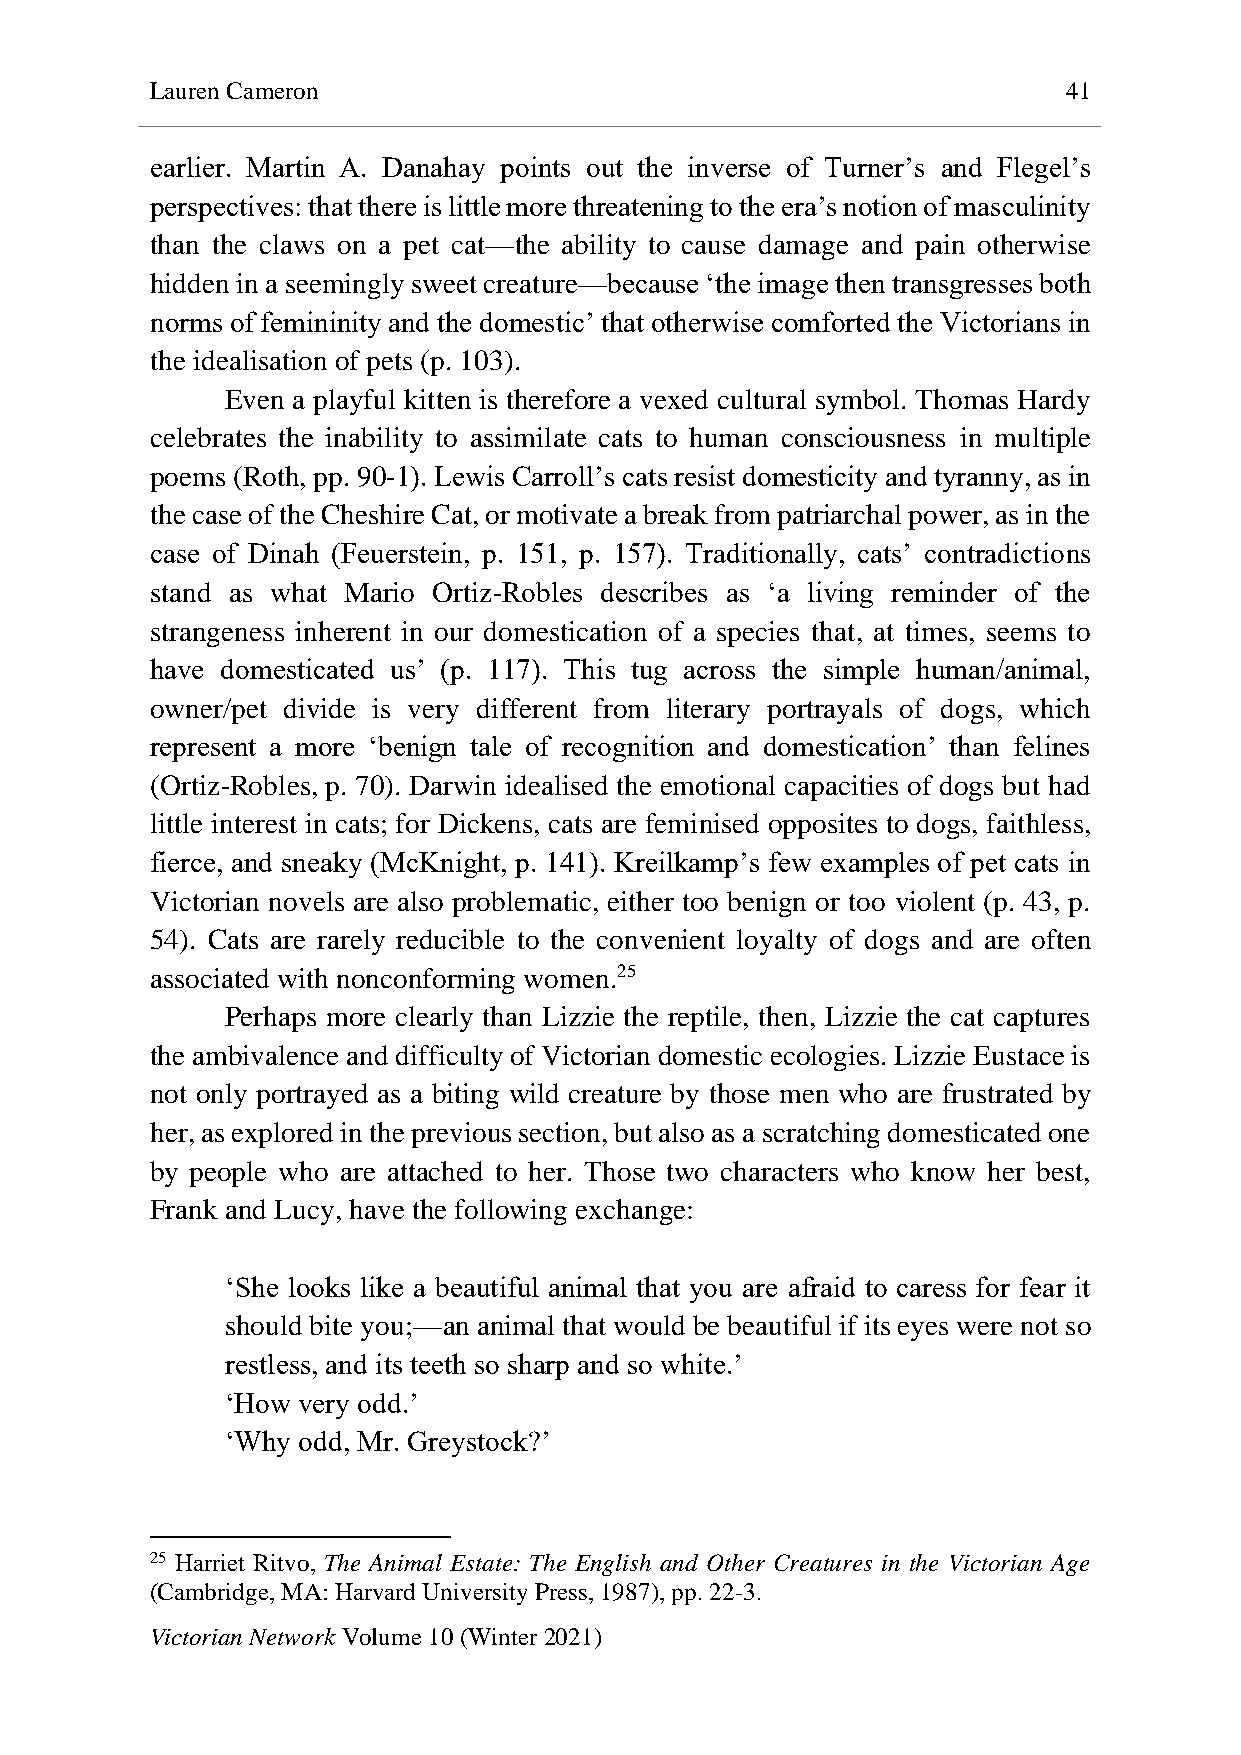
Lauren Cameron                                               41
 earlier. Martin A. Danahay points out the inverse of Turner’s and Flegel’s
 perspectives: that there is little more threatening to the era’s notion of masculinity
 than the claws on a pet cat—the ability to cause damage and pain otherwise
 hidden in a seemingly sweet creature—because ‘the image then transgresses both
 norms of femininity and the domestic’ that otherwise comforted the Victorians in
 the idealisation of pets (p. 103).
 Even a playful kitten is therefore a vexed cultural symbol. Thomas Hardy
 celebrates the inability to assimilate cats to human consciousness in multiple
 poems (Roth, pp. 90-1). Lewis Carroll’s cats resist domesticity and tyranny, as in
 the case of the Cheshire Cat, or motivate a break from patriarchal power, as in the
 case of Dinah (Feuerstein, p. 151, p. 157). Traditionally, cats’ contradictions
 stand as what Mario Ortiz-Robles describes as ‘a living reminder of the
 strangeness inherent in our domestication of a species that, at times, seems to
 have domesticated us’ (p. 117). This tug across the simple human/animal,
 owner/pet divide is very different from literary portrayals of dogs, which
 represent a more ‘benign tale of recognition and domestication’ than felines
 (Ortiz-Robles, p. 70). Darwin idealised the emotional capacities of dogs but had
 little interest in cats; for Dickens, cats are feminised opposites to dogs, faithless,
 fierce, and sneaky (McKnight, p. 141). Kreilkamp’s few examples of pet cats in
 Victorian novels are also problematic, either too benign or too violent (p. 43, p.
 54). Cats are rarely reducible to the convenient loyalty of dogs and are often
 associated with nonconforming women.25
 Perhaps more clearly than Lizzie the reptile, then, Lizzie the cat captures
 the ambivalence and difficulty of Victorian domestic ecologies. Lizzie Eustace is
 not only portrayed as a biting wild creature by those men who are frustrated by
 her, as explored in the previous section, but also as a scratching domesticated one
 by people who are attached to her. Those two characters who know her best,
 Frank and Lucy, have the following exchange:
 ‘She looks like a beautiful animal that you are afraid to caress for fear it
 should bite you;—an animal that would be beautiful if its eyes were not so
 restless, and its teeth so sharp and so white.’
 ‘How very odd.’
 ‘Why odd, Mr. Greystock?’
 25 Harriet Ritvo, The Animal Estate: The English and Other Creatures in the Victorian Age
 (Cambridge, MA: Harvard University Press, 1987), pp. 22-3.
 Victorian Network Volume 10 (Winter 2021)